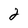
Character: 2